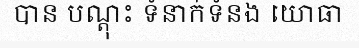
បាន បណ្តុះ ទំនាក់ទំនង យោធា